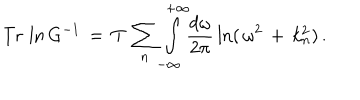
\mathrm { T r } \, \ln G ^ { - 1 } \, = \, T \, \sum _ { n } ^ { } \int _ { - \infty } ^ { + \infty } \! \! \frac { d \omega } { 2 \pi } \, \ln ( \, \omega ^ { 2 } \, + \, k _ { n } ^ { 2 } ) \, { . }